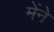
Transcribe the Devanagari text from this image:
मेंने